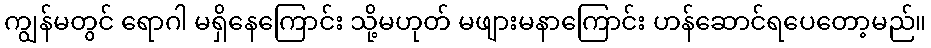
ကျွန်မတွင် ရောဂါ မရှိနေကြောင်း သို့မဟုတ် မဖျားမနာကြောင်း ဟန်ဆောင်ရပေတော့မည်။